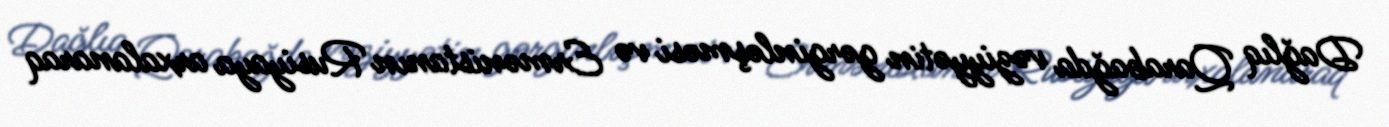
Dağlıq Qarabağda vəziyyətin gərginləşməsi və Ermənistanın Rusiyaya arxalanaraq